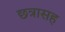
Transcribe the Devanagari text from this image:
छत्रासह